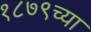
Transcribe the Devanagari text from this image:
१८७९च्या